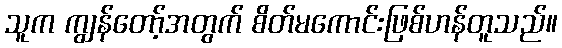
သူက ကျွန်တော့်အတွက် စိတ်မကောင်းဖြစ်ဟန်တူသည်။